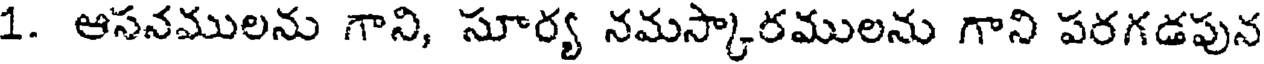
1. ఆసనములను గాని, సూర్య నమస్కారములను గాని పరగడపున